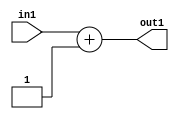
`timescale 1ps / 1ps
/*****************************************************************************
    Verilog RTL Description
    
    
    Created by: Stratus DpOpt 2019.1.01 
*******************************************************************************/

module st_weight_addr_gen_Add2i1u16_4_9 (
	in1,
	out1
	); /* architecture "behavioural" */ 
input [15:0] in1;
output [15:0] out1;
wire [15:0] asc001;

assign asc001 = 
	+(in1)
	+(16'B0000000000000001);

assign out1 = asc001;
endmodule

/* CADENCE  ubHxSQs= : u9/ySgnWtBlWxVPRXgAZ4Og= ** DO NOT EDIT THIS LINE ******/